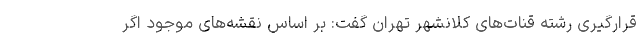
قرارگیری رشته قنات‌های کلانشهر تهران گفت: بر اساس نقشه‌های موجود اگر